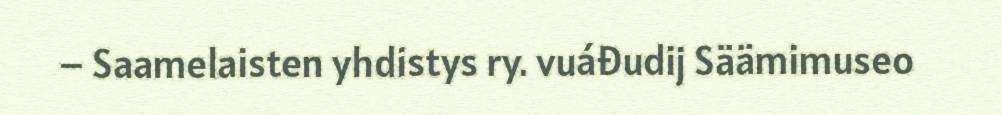
– Saamelaisten yhdistys ry. vuáđudij Säämimuseo